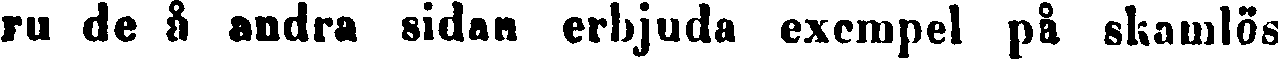
ru de å andra sidan erbjuda exempel på skamlös